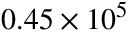
0 . 4 5 \times 1 0 ^ { 5 }